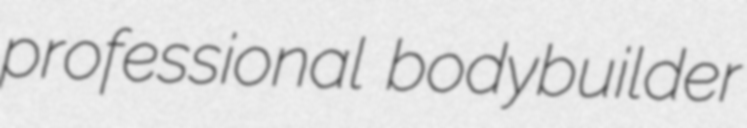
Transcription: professional bodybuilder